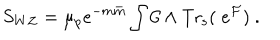
S _ { W Z } = { \mu _ { p } e ^ { - m { \bar { m } } } } \int { \cal C } \wedge \mathrm { T r _ { s } } ( \; e ^ { { \cal F } } ) \ .